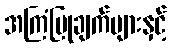
အကြံပြုချက်များနှင့်